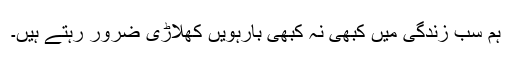
ہم سب زندگی میں کبھی نہ کبھی بارہویں کھلاڑی ضرور رہتے ہیں۔